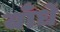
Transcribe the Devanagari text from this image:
बाँधें